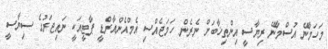
މަހަމާނޭ އުސްމާނޭ ރިޔާސީ އިންތިޚާބަށް ނެރެން ހަމަޖެއްސި އެމްއެންއާރްޑީ ޕާޓީއަކީ ނައިޖަރުގެ ސިޔާސީ